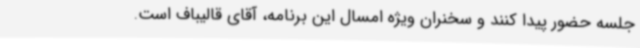
جلسه حضور پیدا کنند و سخنران ویژه امسال این برنامه، آقای قالیباف است.